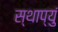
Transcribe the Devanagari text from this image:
स्थाप्युं